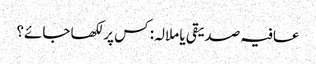
عافیہ صدیقی یا ملالہ: کس پر لکھا جائے؟